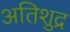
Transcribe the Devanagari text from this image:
अतिशुद्र